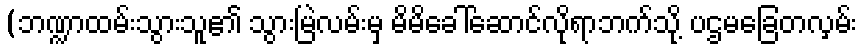
(ဘဏ္ဍာထမ်းသွားသူ၏ သွားမြဲလမ်းမှ မိမိခေါ်ဆောင်လိုရာဘက်သို့ ပဌမခြေတလှမ်း